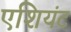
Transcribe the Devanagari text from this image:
एशियंट